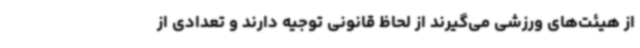
از هیئت‌های ورزشی می‌گیرند از لحاظ قانونی توجیه دارند و تعدادی از